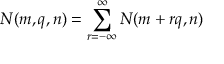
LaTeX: N ( m , q , n ) = \sum _ { r = - \infty } ^ { \infty } N ( m + r q , n )